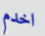
اخدم